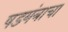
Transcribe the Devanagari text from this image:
षडयंत्राचा